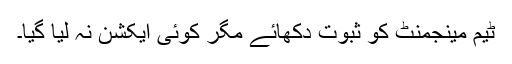
ٹیم مینجمنٹ کو ثبوت دکھائے مگر کوئی ایکشن نہ لیا گیا۔